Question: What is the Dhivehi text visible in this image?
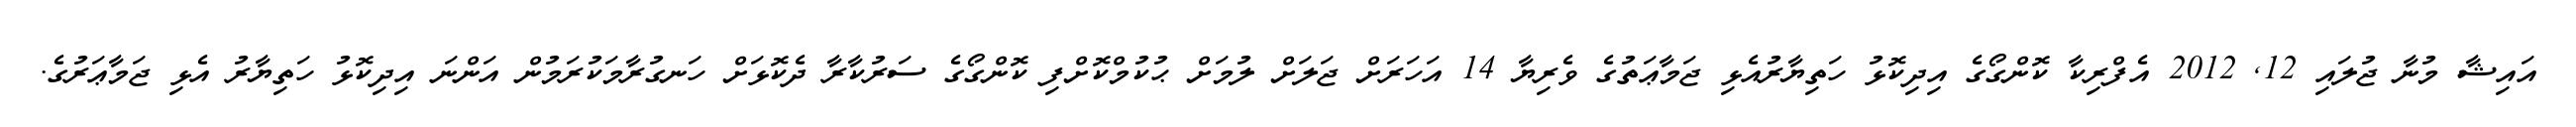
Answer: އައިޝާ މުނާ ޖުލައި 12, 2012 އެފްރިކާ ކޮންގޯގެ އިދިކޮޅު ހަތިޔާރުއެޅި ޖަމާޢަތުގެ ވެރިޔާ 14 އަހަރަށް ޖަލަށް ލުމަށް ޙުކުމްކޮށްފި ކޮންގޯގެ ސަރުކާރާ ދެކޮޅަށް ހަނގުރާމަކުރަމުން އަންނަ އިދިކޮޅު ހަތިޔާރު އެޅި ޖަމާޢަރުގެ.